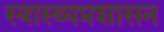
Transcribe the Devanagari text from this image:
स्वास्थ्यप्रशासन